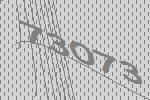
73073